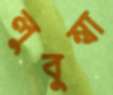
লুবুম্বা